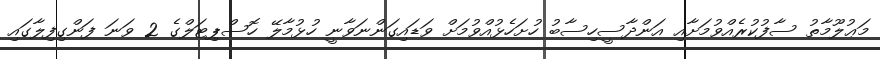
މަޢުލޫމާތު ސާފުކުރެއްވުމަށާއި އަންދާސީހިސާބު ހުށަހެޅުއްވުމަށް ވަޑައިގަންނަވާނީ ހުޅުމާލޭ ހޮސްޕިޓަލްގެ 2 ވަނަ ފަންގިފިލާގައި